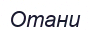
Отани